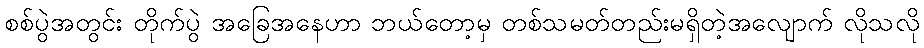
စစ်ပွဲအတွင်း တိုက်ပွဲ အခြေအနေဟာ ဘယ်တော့မှ တစ်သမတ်တည်းမရှိတဲ့အလျောက် လိုသလို